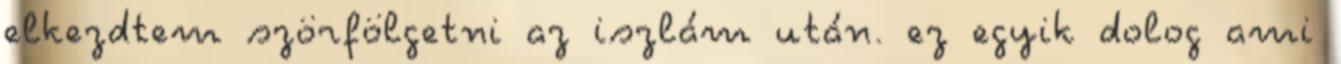
elkezdtem szörfölgetni az iszlám után. ez egyik dolog ami